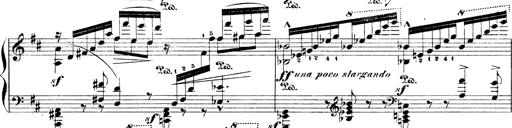
Title: Illustrations de l'opÃ©ra L'Africaine
Composer: Franz Liszt